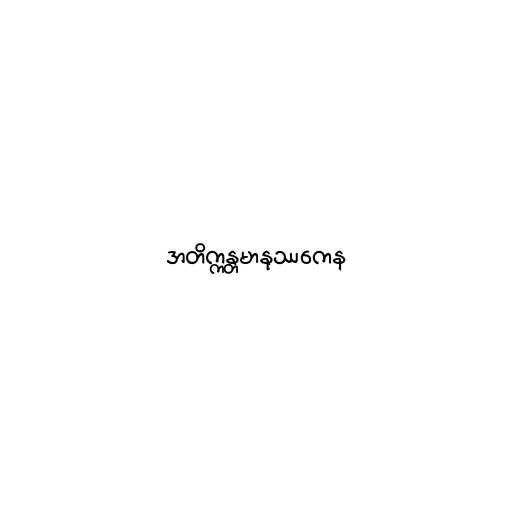
အတိက္ကန္တမာနုဿကေန